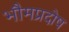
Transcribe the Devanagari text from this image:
भौमप्रदोष